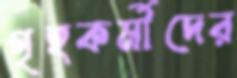
গৃহকর্মীদের